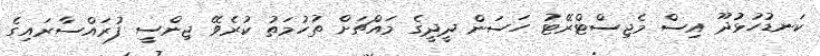
ކަނޑުހުޅުދޫ އިސް މެޖިސްޓްރޭޓު ހަސަން ދީދީގެ މައްޗަށް ތުހުމަތު ކުރެވޭ ޖިންސީ ފުރައްސާރައިގެ